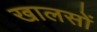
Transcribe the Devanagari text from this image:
खालसों